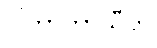
ပါတွာကာသီတိ